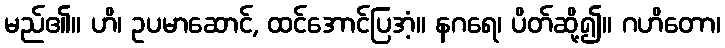
မည်၏။ ဟိ၊ ဥပမာဆောင်, ထင်အောင်ပြအံ့။ နဂရေ၊ ပိတ်ဆို့၍။ ဂဟိတော၊